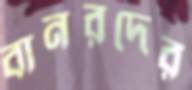
বানরদের